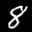
Label: 8